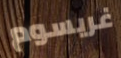
غريسوم